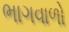
ભાગવાળો